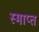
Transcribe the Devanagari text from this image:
स्माप्त